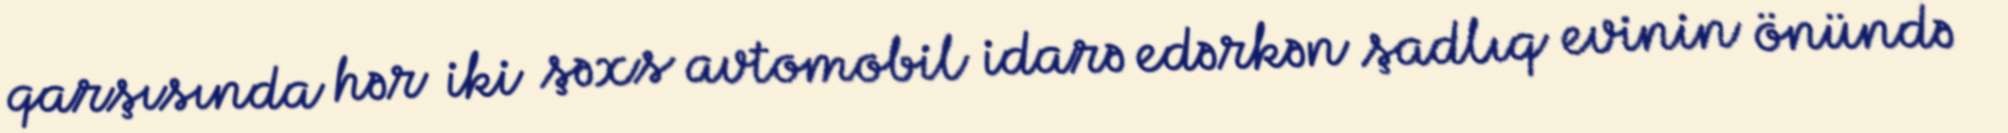
qarşısında hər iki şəxs avtomobil idarə edərkən şadlıq evinin önündə